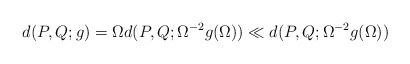
\begin{align*}d(P,Q; g)=\Omega d(P,Q; \Omega^{-2} g(\Omega)) \ll d(P,Q; \Omega^{-2} g(\Omega))\end{align*}